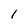
Character: 1